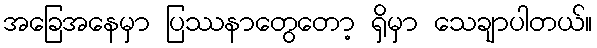
အခြေအနေမှာ ပြဿနာတွေတော့ ရှိမှာ သေချာပါတယ်။